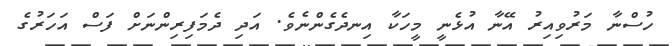
ހުސްނާ މަރުވިއިރު އޭނާ އުޅެނީ މީހަކާ އިނދެގެންނެވެ. އަދި ދެމަފިރިންނަށް ފަސް އަހަރުގެ